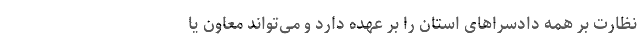
نظارت بر همه دادسراهای استان را بر عهده دارد و می‌تواند معاون یا